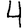
Digit: 4